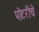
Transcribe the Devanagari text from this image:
पोटरीचे